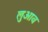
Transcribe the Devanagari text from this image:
लुआव